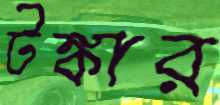
টঙ্কার